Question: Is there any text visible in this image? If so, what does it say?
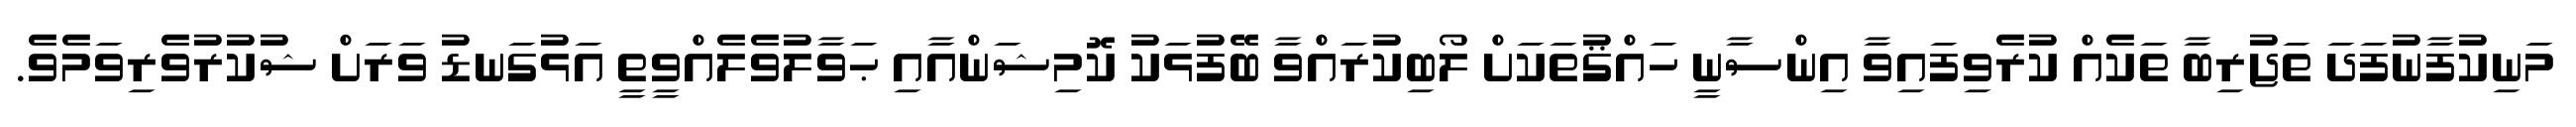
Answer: މަނިކުފާނުފަދަ ތަޖުރިބާ ތަކެއް ކުރެވިފައިވާ އިންސާނީ ހައްޤުތަކަށް ލޯބިކުރައްވާ ބޭފުޅަކު ކޮމިޝަންއާއި ޙަވާލުވެލެއްވީތީ އަޅުގަނޑު ވަރަށް ޝުކުރުވެރިވަމެވެ.